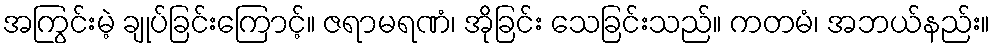
အကြွင်းမဲ့ ချုပ်ခြင်းကြောင့်။ ဇရာမရဏံ၊ အိုခြင်း သေခြင်းသည်။ ကတမံ၊ အဘယ်နည်း။